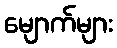
မျောက်များ